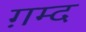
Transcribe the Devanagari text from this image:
ग़म्द